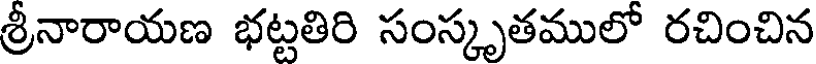
శ్రీనారాయణ భట్టతిరి సంస్కృతములో రచించిన